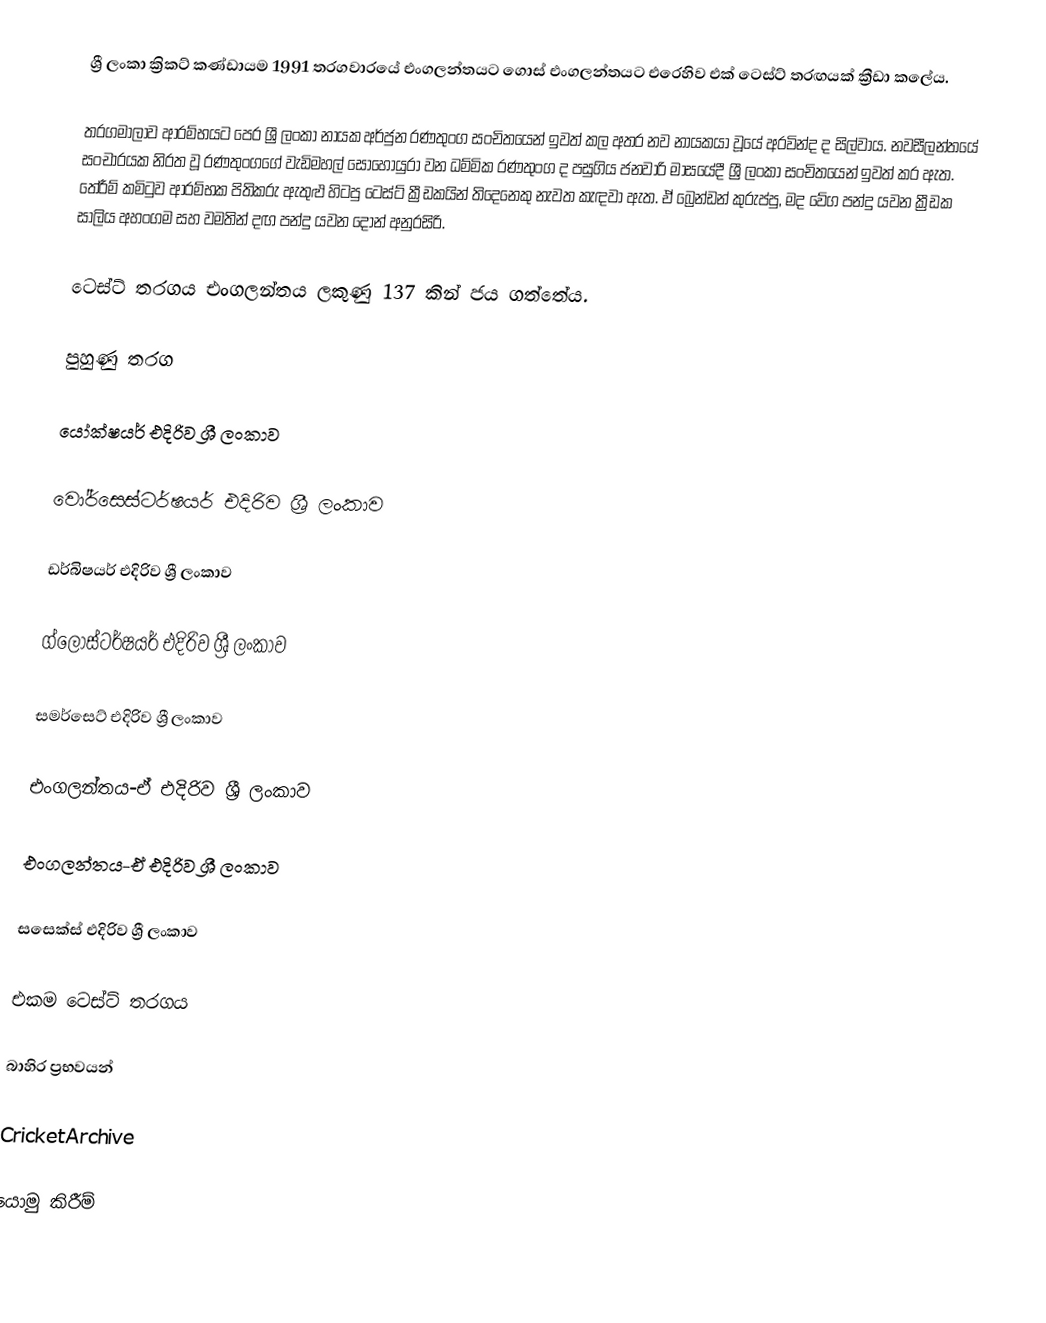
ශ්‍රී ලංකා ක්‍රිකට් කණ්ඩායම 1991 තරගවාරයේ එංගලන්තයට ගොස් එංගලන්තයට එරෙහිව එක් ටෙස්ට් තරඟයක් ක්‍රීඩා කලේය.

තරගමාලාව ආරම්භයට පෙර ශ්‍රී ලංකා නායක අර්ජුන රණතුංග සංචිතයෙන් ඉවත් කල අතර නව නායකයා වූයේ අරවින්ද ද සිල්වාය. නවසීලන්තයේ සංචාරයක නිරත වූ රණතුංගගේ වැඩිමහල් සොහොයුරා වන ධම්මික රණතුංග ද පසුගිය ජනවාරි මාසයේදී ශ්‍රී ලංකා සංචිතයෙන් ඉවත් කර ඇත. තේරීම් කමිටුව ආරම්භක පිතිකරු ඇතුළු හිටපු ටෙස්ට් ක්‍රීඩකයින් තිදෙනෙකු නැවත කැඳවා ඇත. ඒ බ්‍රෙන්ඩන් කුරුප්පු, මද වේග පන්දු යවන ක්‍රීඩක සාලිය අහංගම සහ වමතින් දඟ පන්දු යවන දොන් අනුරසිරි.

ටෙස්ට් තරගය එංගලන්තය ලකුණු 137 කින් ජය ගත්තේය.

පුහුණු තරග

යෝක්ෂයර් එදිරිව ශ්‍රී ලංකාව

වෝර්සෙස්ටර්ෂයර් එදිරිව ශ්‍රී ලංකාව

ඩර්බිෂයර් එදිරිව ශ්‍රී ලංකාව

ග්ලෝස්ටර්ෂයර් එදිරිව ශ්‍රී ලංකාව

සමර්සෙට් එදිරිව ශ්‍රී ලංකාව

එංගලන්තය-ඒ එදිරිව ශ්‍රී ලංකාව

එංගලන්තය-ඒ එදිරිව ශ්‍රී ලංකාව

සසෙක්ස් එදිරිව ශ්‍රී ලංකාව

එකම ටෙස්ට් තරගය

බාහිර ප්‍රභවයන්

 CricketArchive

යොමු කිරීම්